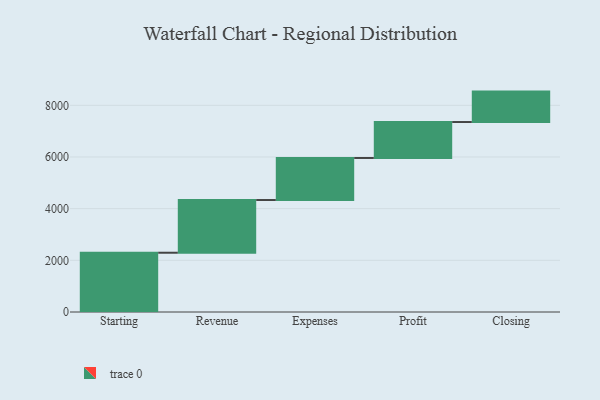
{"axis": {"x": "Step", "y": "Value"}, "legend": [""], "data": [{"x": "Starting", "y": 2294.0, "type": ""}, {"x": "Revenue", "y": 2040.0, "type": ""}, {"x": "Expenses", "y": 1628.0, "type": ""}, {"x": "Profit", "y": 1391.0, "type": ""}, {"x": "Closing", "y": 1178.0, "type": ""}]}